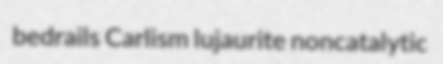
bedrails Carlism lujaurite noncatalytic